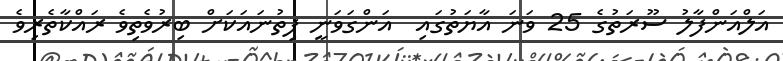
އަލްއަންފާލު ސޫރަތުގެ 25 ވަނަ އާޔަތުގައި  އަންގަވަނީ ފިތުނައަކަށް ބިރުވެތިވެ ރައްކާތެރިވެ